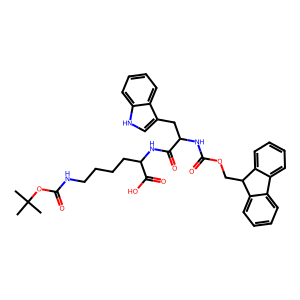
SMILES: CC(C)(C)OC(=O)NCCCCC(NC(=O)C(Cc1c[nH]c2ccccc12)NC(=O)OCC1c2ccccc2-c2ccccc21)C(=O)O
Inhibits HIV replication: No